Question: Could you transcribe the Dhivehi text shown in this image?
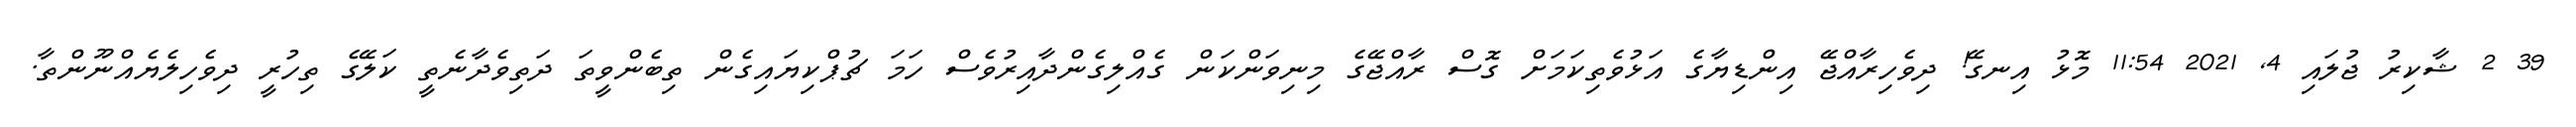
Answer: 39 2 ޝާކިރު ޖުލައި 4, 2021 11:54 މޮޅު އިނގޭ! ދިވެހިރާއްޖޭ އިންޑިޔާގެ އަޅުވެތިކަމަށް ގޮސް ރާއްޖޭގެ މިނިވަންކަން ގެއްލިގެންދާއިރުވެސް ހަމަ ޗުޕްކިޔައިގެން ތިބެންވީތަ ދަތިވެދާނެތީ ކަލޭގެ ތިހުރީ ދިވެހިލެޔެއްނޫންތާ.